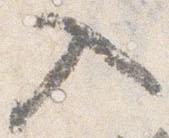
入